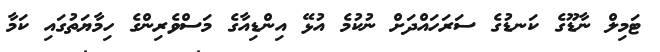
ޓަމިލް ނާޑޫގެ ކަނޑުގެ ސަރަހައްދަށް ނުކުމެ އުޅޭ އިންޑިއާގެ މަސްވެރިންގެ ހިމާޔަތުގައި ކަމާ